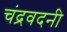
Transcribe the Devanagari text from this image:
चंद्रवदनी